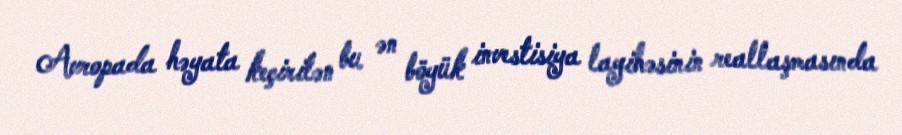
Avropada həyata keçirilən bu ən böyük investisiya layihəsinin reallaşmasında